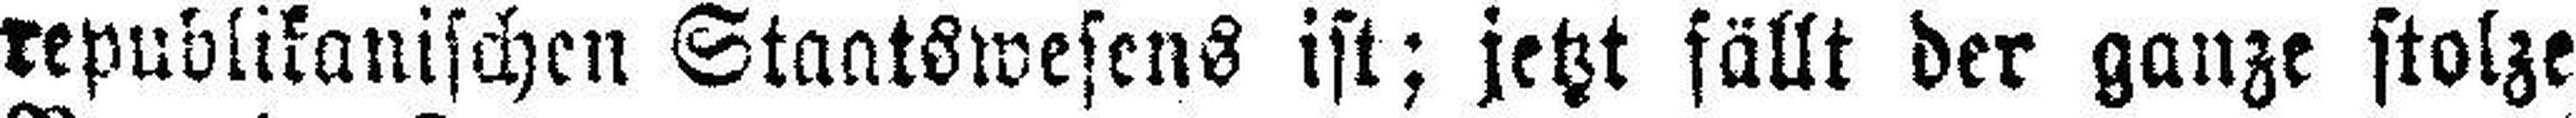
republikanischen Staatswesens ist; jetzt fällt der ganze stolze